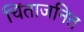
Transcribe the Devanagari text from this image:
चिंताजनित